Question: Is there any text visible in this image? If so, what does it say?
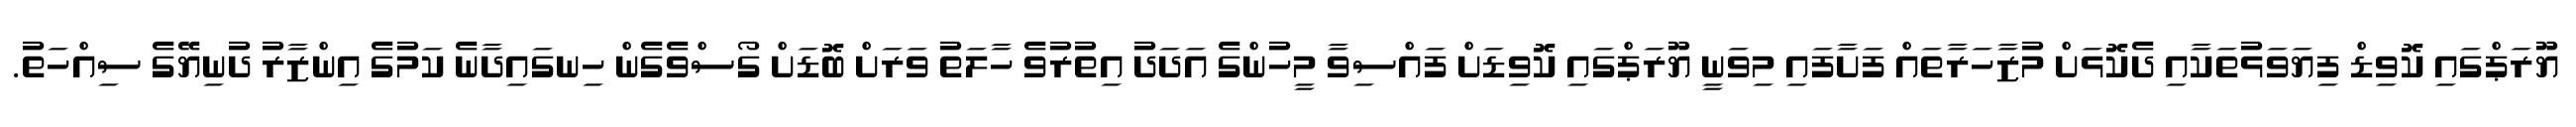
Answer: ޔޫރަޕްގައި ކޮވިޑް ފިޔަވަޅުތަކާއި ދެކޮޅަށް މުޒާހަރާތައް ފަށާފައި މިވަނީ ޔޫރަޕްގައި ކޮވިޑަށް ފައްސިވާ މީހުންގެ އަދަދު އިތުރުވެ ހާލަތު ވަރަށް ބޮޑަށް ގޯސްވެގެން ހިނގައިދާނެ ކަމުގެ އިންޒާރު ދުނިޔޭގެ ސިއްހަތު.